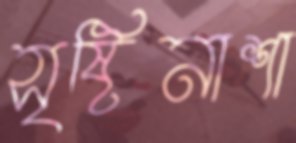
সৃষ্টিনাশা